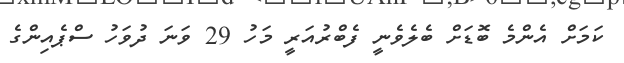
ކަމަށް އެންމެ ބޮޑަށް ބެލެވެނީ ފެބްރުއަރީ މަހު 29 ވަނަ ދުވަހު ސްޕެއިންގެ